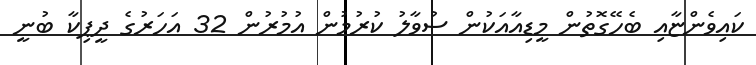
ކައިވެންޏާއި ބެހޭގޮތުން މީޑިއާއަކުން ސުވާލު ކުރުމުން އުމުރުން 32 އަހަރުގެ ދީޕިކާ ބުނީ